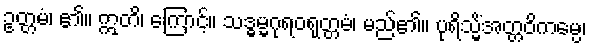
ဥတ္တမံ၊ ၏။ ဣတိ၊ ကြောင့်။ သဒ္ဓမ္မဂုရဝရုတ္တမံ၊ မည်၏။ ပုရိသ္မိံအတ္တဝိကမ္ပေ၊